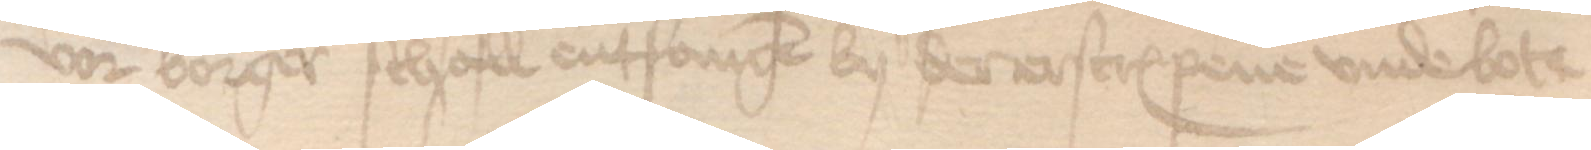
vor borger schall entfangen by der erscreuenen vnde bote